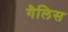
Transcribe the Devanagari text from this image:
गैलिस